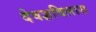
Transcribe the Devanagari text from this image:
देवज्ञविलास